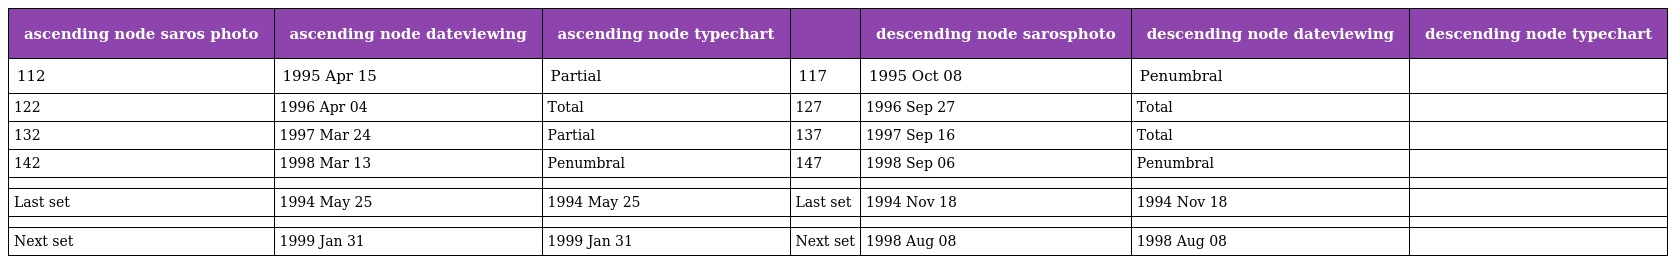
| ascending node saros photo | ascending node dateviewing | ascending node typechart |  | descending node sarosphoto | descending node dateviewing | descending node typechart |
 | --- | --- | --- | --- | --- | --- | --- |
 | 112 | 1995 Apr 15 | Partial | 117 | 1995 Oct 08 | Penumbral |  |
 | 122 | 1996 Apr 04 | Total | 127 | 1996 Sep 27 | Total |  |
 | 132 | 1997 Mar 24 | Partial | 137 | 1997 Sep 16 | Total |  |
 | 142 | 1998 Mar 13 | Penumbral | 147 | 1998 Sep 06 | Penumbral |  |
 |  |  |  |  |  |  |  |
 | Last set | 1994 May 25 | 1994 May 25 | Last set | 1994 Nov 18 | 1994 Nov 18 |  |
 |  |  |  |  |  |  |  |
 | Next set | 1999 Jan 31 | 1999 Jan 31 | Next set | 1998 Aug 08 | 1998 Aug 08 |  |